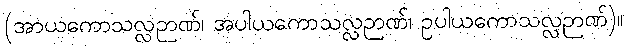
(အာယကောသလ္လဉာဏ်၊ အပါယကောသလ္လဉာဏ်၊ ဥပါယကောသလ္လဉာဏ်)။